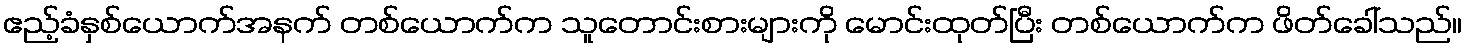
ဧည့်ခံနှစ်ယောက်အနက် တစ်ယောက်က သူတောင်းစားများကို မောင်းထုတ်ပြီး တစ်ယောက်က ဖိတ်ခေါ်သည်။